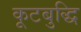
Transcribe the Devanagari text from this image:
कूटबुद्धि